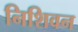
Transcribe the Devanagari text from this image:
निशिवन